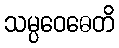
သမ္ပဝေဓေတိ